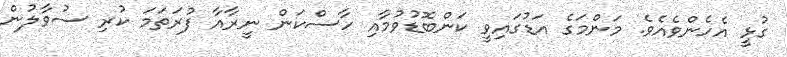
ގުޅީ އެހެންވެއެވެ. މަންމަގެ އަޑުގައިވީ ކަންބޮޑުވުމާއި ހާސްކަން ނީރާއާ ފުރަތަމަ ކުރި ސުވާލުން